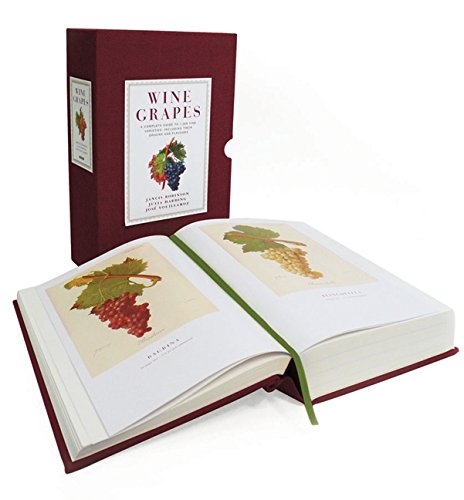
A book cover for Wine Grapes: A Complete Guide to 1,368 Vine Varieties, Including Their Origins and Flavours; Jancis Robinson; Cookbooks, Food & Wine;